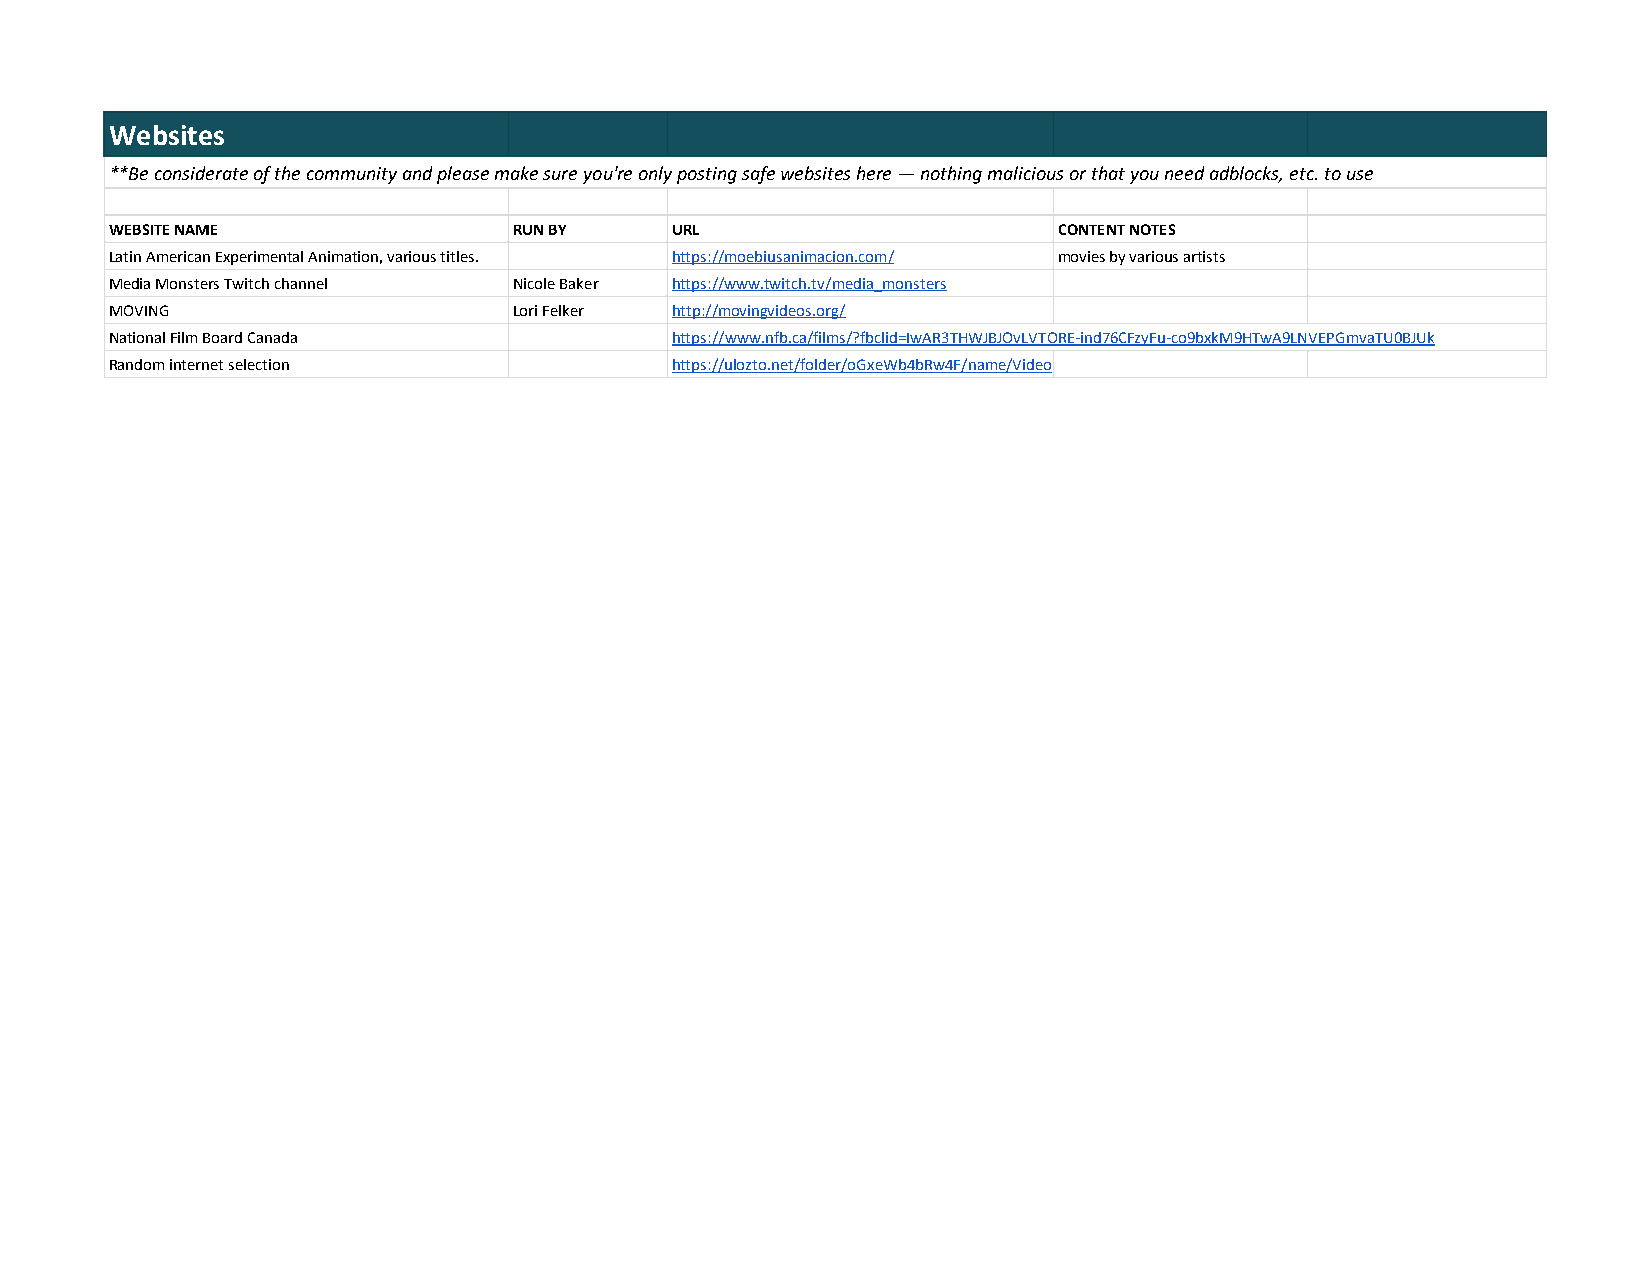
Websites
 **Be considerate of the community and please make sure you're only posting safe websites here — nothing malicious or that you need adblocks, etc. to use
 WEBSITE NAME               RUN BY    URL                       CONTENT NOTES
 Latin American Experimental Animation, various titles. https://moebiusanimacion.com/ movies by various artists
 Media Monsters Twitch channel Nicole Baker https://www.twitch.tv/media_monsters
 MOVING                     Lori Felker http://movingvideos.org/
 National Film Board Canada           https://www.nfb.ca/films/?fbclid=IwAR3THWJBJOvLVTORE-ind76CFzyFu-co9bxkM9HTwA9LNVEPGmvaTU0BJUk
 Random internet selection            https://ulozto.net/folder/oGxeWb4bRw4F/name/Video